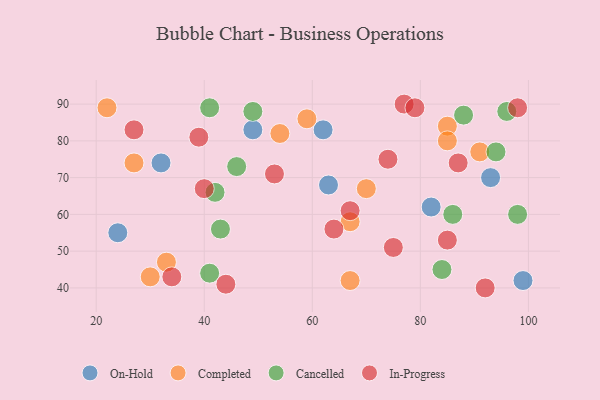
{"axis": {"x": "GDP", "y": "Life Expectancy"}, "legend": ["Cancelled", "Completed", "In-Progress", "On-Hold"], "data": [{"x": "63", "y": 68, "type": "On-Hold"}, {"x": "99", "y": 42, "type": "On-Hold"}, {"x": "32", "y": 74, "type": "On-Hold"}, {"x": "82", "y": 62, "type": "On-Hold"}, {"x": "62", "y": 83, "type": "On-Hold"}, {"x": "49", "y": 83, "type": "On-Hold"}, {"x": "24", "y": 55, "type": "On-Hold"}, {"x": "93", "y": 70, "type": "On-Hold"}, {"x": "33", "y": 47, "type": "Completed"}, {"x": "70", "y": 67, "type": "Completed"}, {"x": "54", "y": 82, "type": "Completed"}, {"x": "30", "y": 43, "type": "Completed"}, {"x": "85", "y": 84, "type": "Completed"}, {"x": "91", "y": 77, "type": "Completed"}, {"x": "67", "y": 58, "type": "Completed"}, {"x": "67", "y": 42, "type": "Completed"}, {"x": "22", "y": 89, "type": "Completed"}, {"x": "85", "y": 80, "type": "Completed"}, {"x": "27", "y": 74, "type": "Completed"}, {"x": "59", "y": 86, "type": "Completed"}, {"x": "46", "y": 73, "type": "Cancelled"}, {"x": "42", "y": 66, "type": "Cancelled"}, {"x": "96", "y": 88, "type": "Cancelled"}, {"x": "49", "y": 88, "type": "Cancelled"}, {"x": "88", "y": 87, "type": "Cancelled"}, {"x": "98", "y": 60, "type": "Cancelled"}, {"x": "41", "y": 44, "type": "Cancelled"}, {"x": "43", "y": 56, "type": "Cancelled"}, {"x": "41", "y": 89, "type": "Cancelled"}, {"x": "94", "y": 77, "type": "Cancelled"}, {"x": "84", "y": 45, "type": "Cancelled"}, {"x": "86", "y": 60, "type": "Cancelled"}, {"x": "77", "y": 90, "type": "In-Progress"}, {"x": "92", "y": 40, "type": "In-Progress"}, {"x": "98", "y": 89, "type": "In-Progress"}, {"x": "75", "y": 51, "type": "In-Progress"}, {"x": "87", "y": 74, "type": "In-Progress"}, {"x": "64", "y": 56, "type": "In-Progress"}, {"x": "85", "y": 53, "type": "In-Progress"}, {"x": "79", "y": 89, "type": "In-Progress"}, {"x": "34", "y": 43, "type": "In-Progress"}, {"x": "39", "y": 81, "type": "In-Progress"}, {"x": "74", "y": 75, "type": "In-Progress"}, {"x": "67", "y": 61, "type": "In-Progress"}, {"x": "44", "y": 41, "type": "In-Progress"}, {"x": "40", "y": 67, "type": "In-Progress"}, {"x": "27", "y": 83, "type": "In-Progress"}, {"x": "53", "y": 71, "type": "In-Progress"}]}